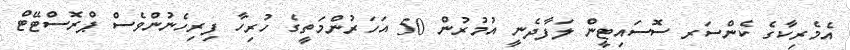
އެމެރިކާގެ ކެންސަރ ސޮސައިޓީން ލަފާދެނީ އުމުރުން 50 އަހަރުންމަތީގެ ހުރިހާ ފިރިހެނުންވެސް ޕްރޮސްޓޭޓް